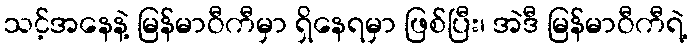
သင့်အနေနဲ့ မြန်မာဝီကီမှာ ရှိနေရမှာ ဖြစ်ပြီး၊ အဲဒီ မြန်မာဝီကီရဲ့